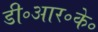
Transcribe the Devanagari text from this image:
डी॰आर॰के॰